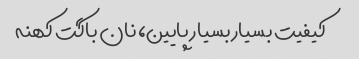
کیفیت بسیار بسیار پایین، نان باگت کهنه